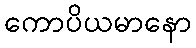
ကောပိယမာနော